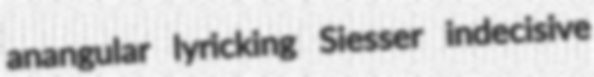
anangular lyricking Siesser indecisive